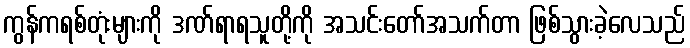
ကွန်ကရစ်တုံးများကို ဒဏ်ရာရသူတို့ကို အသင်းတော်အသက်တာ ဖြစ်သွားခဲ့လေသည်